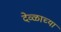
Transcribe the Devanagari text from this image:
देव्ळाच्या